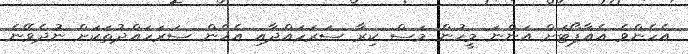
އެހެންވެ އެއާޕޯޓަށް އަންނަ މީހުން މަސް ކިރާ ސަރަހައްދާއި އެހެން ސަރަހައްދުތަކަށް ނުދެވޭނެ